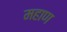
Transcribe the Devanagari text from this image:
महाण